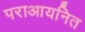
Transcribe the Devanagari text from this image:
पराआयनित